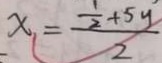
x = \frac { \frac { 1 } { 2 } + 5 y } { 2 }